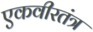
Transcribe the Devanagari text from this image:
एकवीरतंत्र